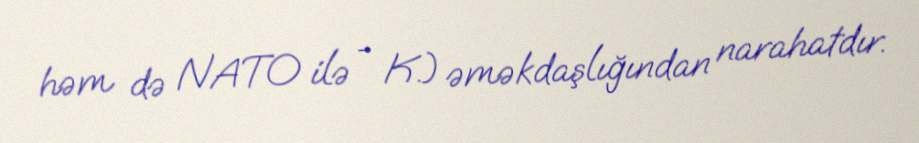
həm də NATO ilə - K.) əməkdaşlığından narahatdır.